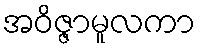
အဝိဇ္ဇာမူလကာ